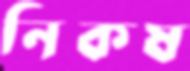
নিকষ